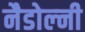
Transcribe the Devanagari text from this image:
नैडोल्नी